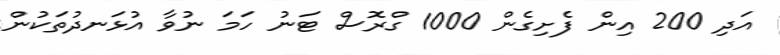
އަދި 200 އިން ފެށިގެން 1000 ގްރޮސް ޓަނު ހަމަ ނުވާ އުޅަނދުތަކުން